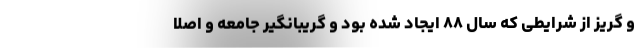
و گریز از شرایطی که سال ۸۸ ایجاد شده بود و گریبانگیر جامعه و اصلا